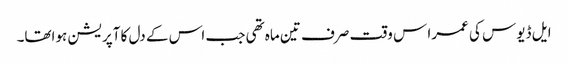
ایل ڈیوس کی عمرا س وقت صرف تین ماہ تھی جب اس کے دل کا آپریشن ہواتھا۔